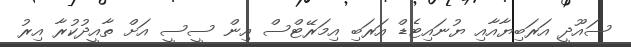
ސައޫދީ އަރަބިޔާއާއި ޔުނައިޓެޑް އަރަބި އިމަރޭޓްސް އިން ސީސީ އަށް ތާއީދުކުރާ އިރު